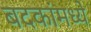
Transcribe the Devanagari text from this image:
बदकांमध्ये